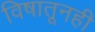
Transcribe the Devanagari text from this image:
विषातूनही